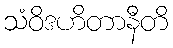
သံဝိဒဟိတာနီတိ